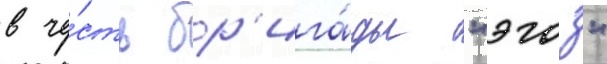
в че́сть бр'ига́ды "эгоз"